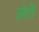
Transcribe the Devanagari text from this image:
लेतॆ